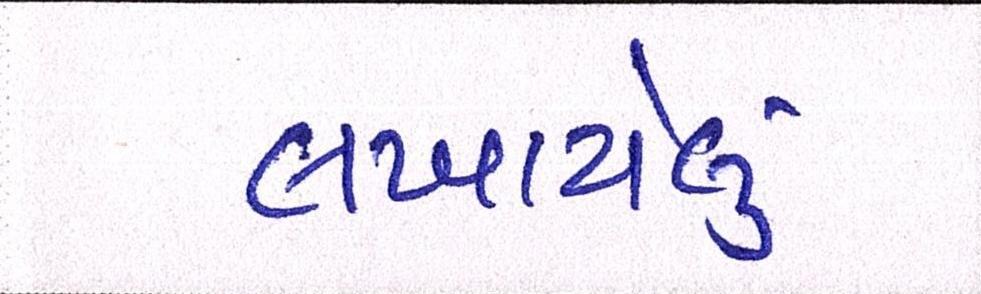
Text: લખાયેલુ